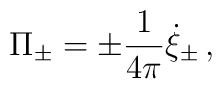
\Pi_\pm  = \pm {1\over 4\pi} \dot{\xi}_\pm\,,